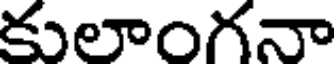
కులాంగనా